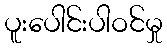
ပူးပေါင်းပါဝင်မှု